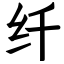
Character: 纤